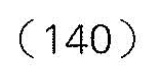
(140)